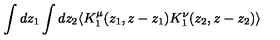
\int d z _ { 1 } \int d z _ { 2 } \langle K _ { 1 } ^ { \mu } ( z _ { 1 } , z - z _ { 1 } ) K _ { 1 } ^ { \nu } ( z _ { 2 } , z - z _ { 2 } ) \rangle